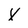
Character: X